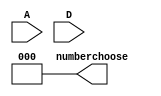
module numberchoose(
input A,D,
output reg [2:0] numberchoose
);
initial begin
    numberchoose = 3'b000;
end
reg [2:0] number=3'b000;
always @(posedge btn) begin
        if (A) begin
            number <= number + 3'b001;
        end 
        if(D) begin
            number <= number - 3'b001;
        end
    end
always @(number) begin
    if(number>3'b101)begin
        numberchoose <= 3'b000;
        number <= 3'b000;
    end else begin
        numberchoose <= number;
    end
end
endmodule